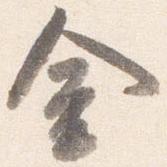
金